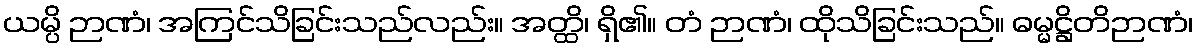
ယမ္ပိ ဉာဏံ၊ အကြင်သိခြင်းသည်လည်း။ အတ္ထိ၊ ရှိ၏။ တံ ဉာဏံ၊ ထိုသိခြင်းသည်။ ဓမ္မဋ္ဌိတိဉာဏံ၊